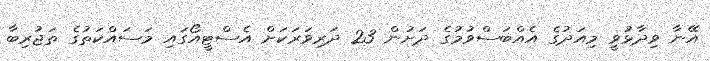
އޭނާ ވިދާޅުވީ މިއަދުގެ އެއްބަސްވުމުގެ ދަށުން 23 ދަރިވަރަކަށް އެސްޓީއޯގައި މަސައްކަތުގެ ތަޖުރިބާ